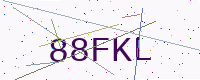
Text: 88FKL